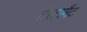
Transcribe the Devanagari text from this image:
टेस्टामैंट